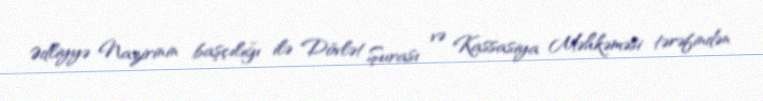
Ədliyyə Nazirinin başçılığı ilə Dövlət Şurası və Kassasiya Məhkəməsi tərəfindən